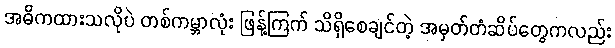
အဓိကထားသလိုပဲ တစ်ကမ္ဘာလုံး ဖြန့်ကြက် သိရှိစေချင်တဲ့ အမှတ်တံဆိပ်တွေကလည်း